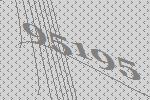
95195